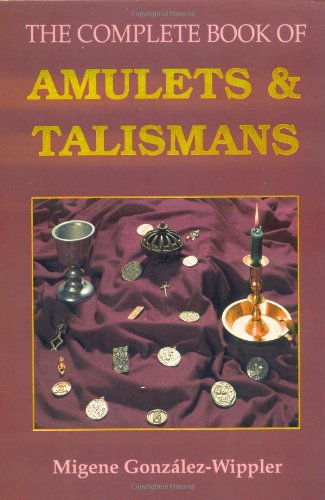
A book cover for The Complete Book of Amulets & Talismans (Llewellyn's Sourcebook); Migene GonzÃ¡lez-Wippler; Religion & Spirituality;